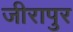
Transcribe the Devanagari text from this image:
जीरापुर